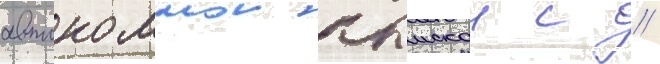
автономнои крымскои с //